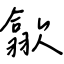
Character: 歙